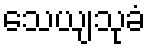
သေယျသုခံ